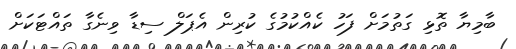
ބާމިޔާ ތޮޅި ގަތުމަށް ފަހު ކެއްކުމުގެ ކުރިން އެޕަލް ސިޑާ ވިނެގާ ތައްޓަކަށް